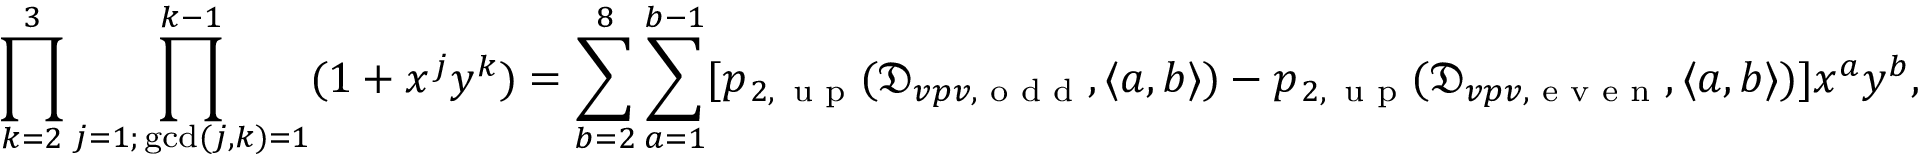
\prod _ { k = 2 } ^ { 3 } \prod _ { \substack { j = 1 ; \, \operatorname* { g c d } ( j , k ) = 1 } } ^ { k - 1 } ( 1 + x ^ { j } y ^ { k } ) = \sum _ { b = 2 } ^ { 8 } \sum _ { a = 1 } ^ { b - 1 } [ p _ { \, 2 , \, \textmd { u p } } ( \mathfrak { D } _ { v p v , \textmd { o d d } } , \langle a , b \rangle ) - p _ { \, 2 , \, \textmd { u p } } ( \mathfrak { D } _ { v p v , \textmd { e v e n } } , \langle a , b \rangle ) ] x ^ { a } y ^ { b } ,